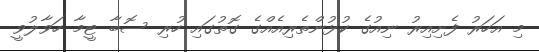
މި އަހަރު ފެށިއިރު ނިއުގެ ކުޅުންތެރިއެއްގެ ގޮތުގައި ހުރި ސޮބާ ޓީމާ ހަވާލުވީ